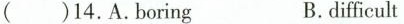
( )14.A.Boring B.difficult